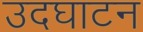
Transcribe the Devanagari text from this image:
उदघाटन